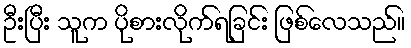
ဦးပြီး သူက ပိုစားလိုက်ရခြင်း ဖြစ်လေသည်။